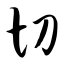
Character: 切